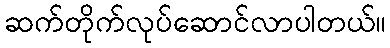
ဆက်တိုက်လုပ်ဆောင်လာပါတယ်။